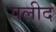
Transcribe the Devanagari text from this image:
पलीद